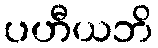
ပဟီယဘိ